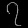
Digit: ၇